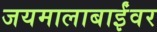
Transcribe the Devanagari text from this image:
जयमालाबाईंवर